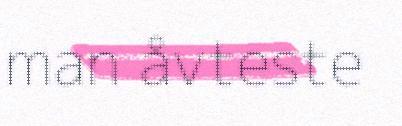
man åvteste